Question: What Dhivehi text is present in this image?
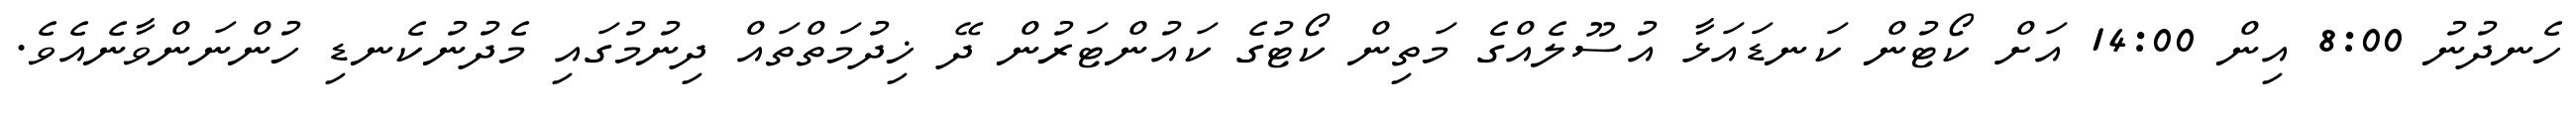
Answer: ހެނދުނު 8:00 އިން 14:00 އަށް ކޯޓުން ކަނޑައަޅާ އުސޫލެއްގެ މަތިން ކޯޓުގެ ކައުންޓަރުން ދޭ ޚިދުމަތްތައް ދިނުމުގައި މެދުނުކެނޑި ހުންނަންވާނެއެވެ.